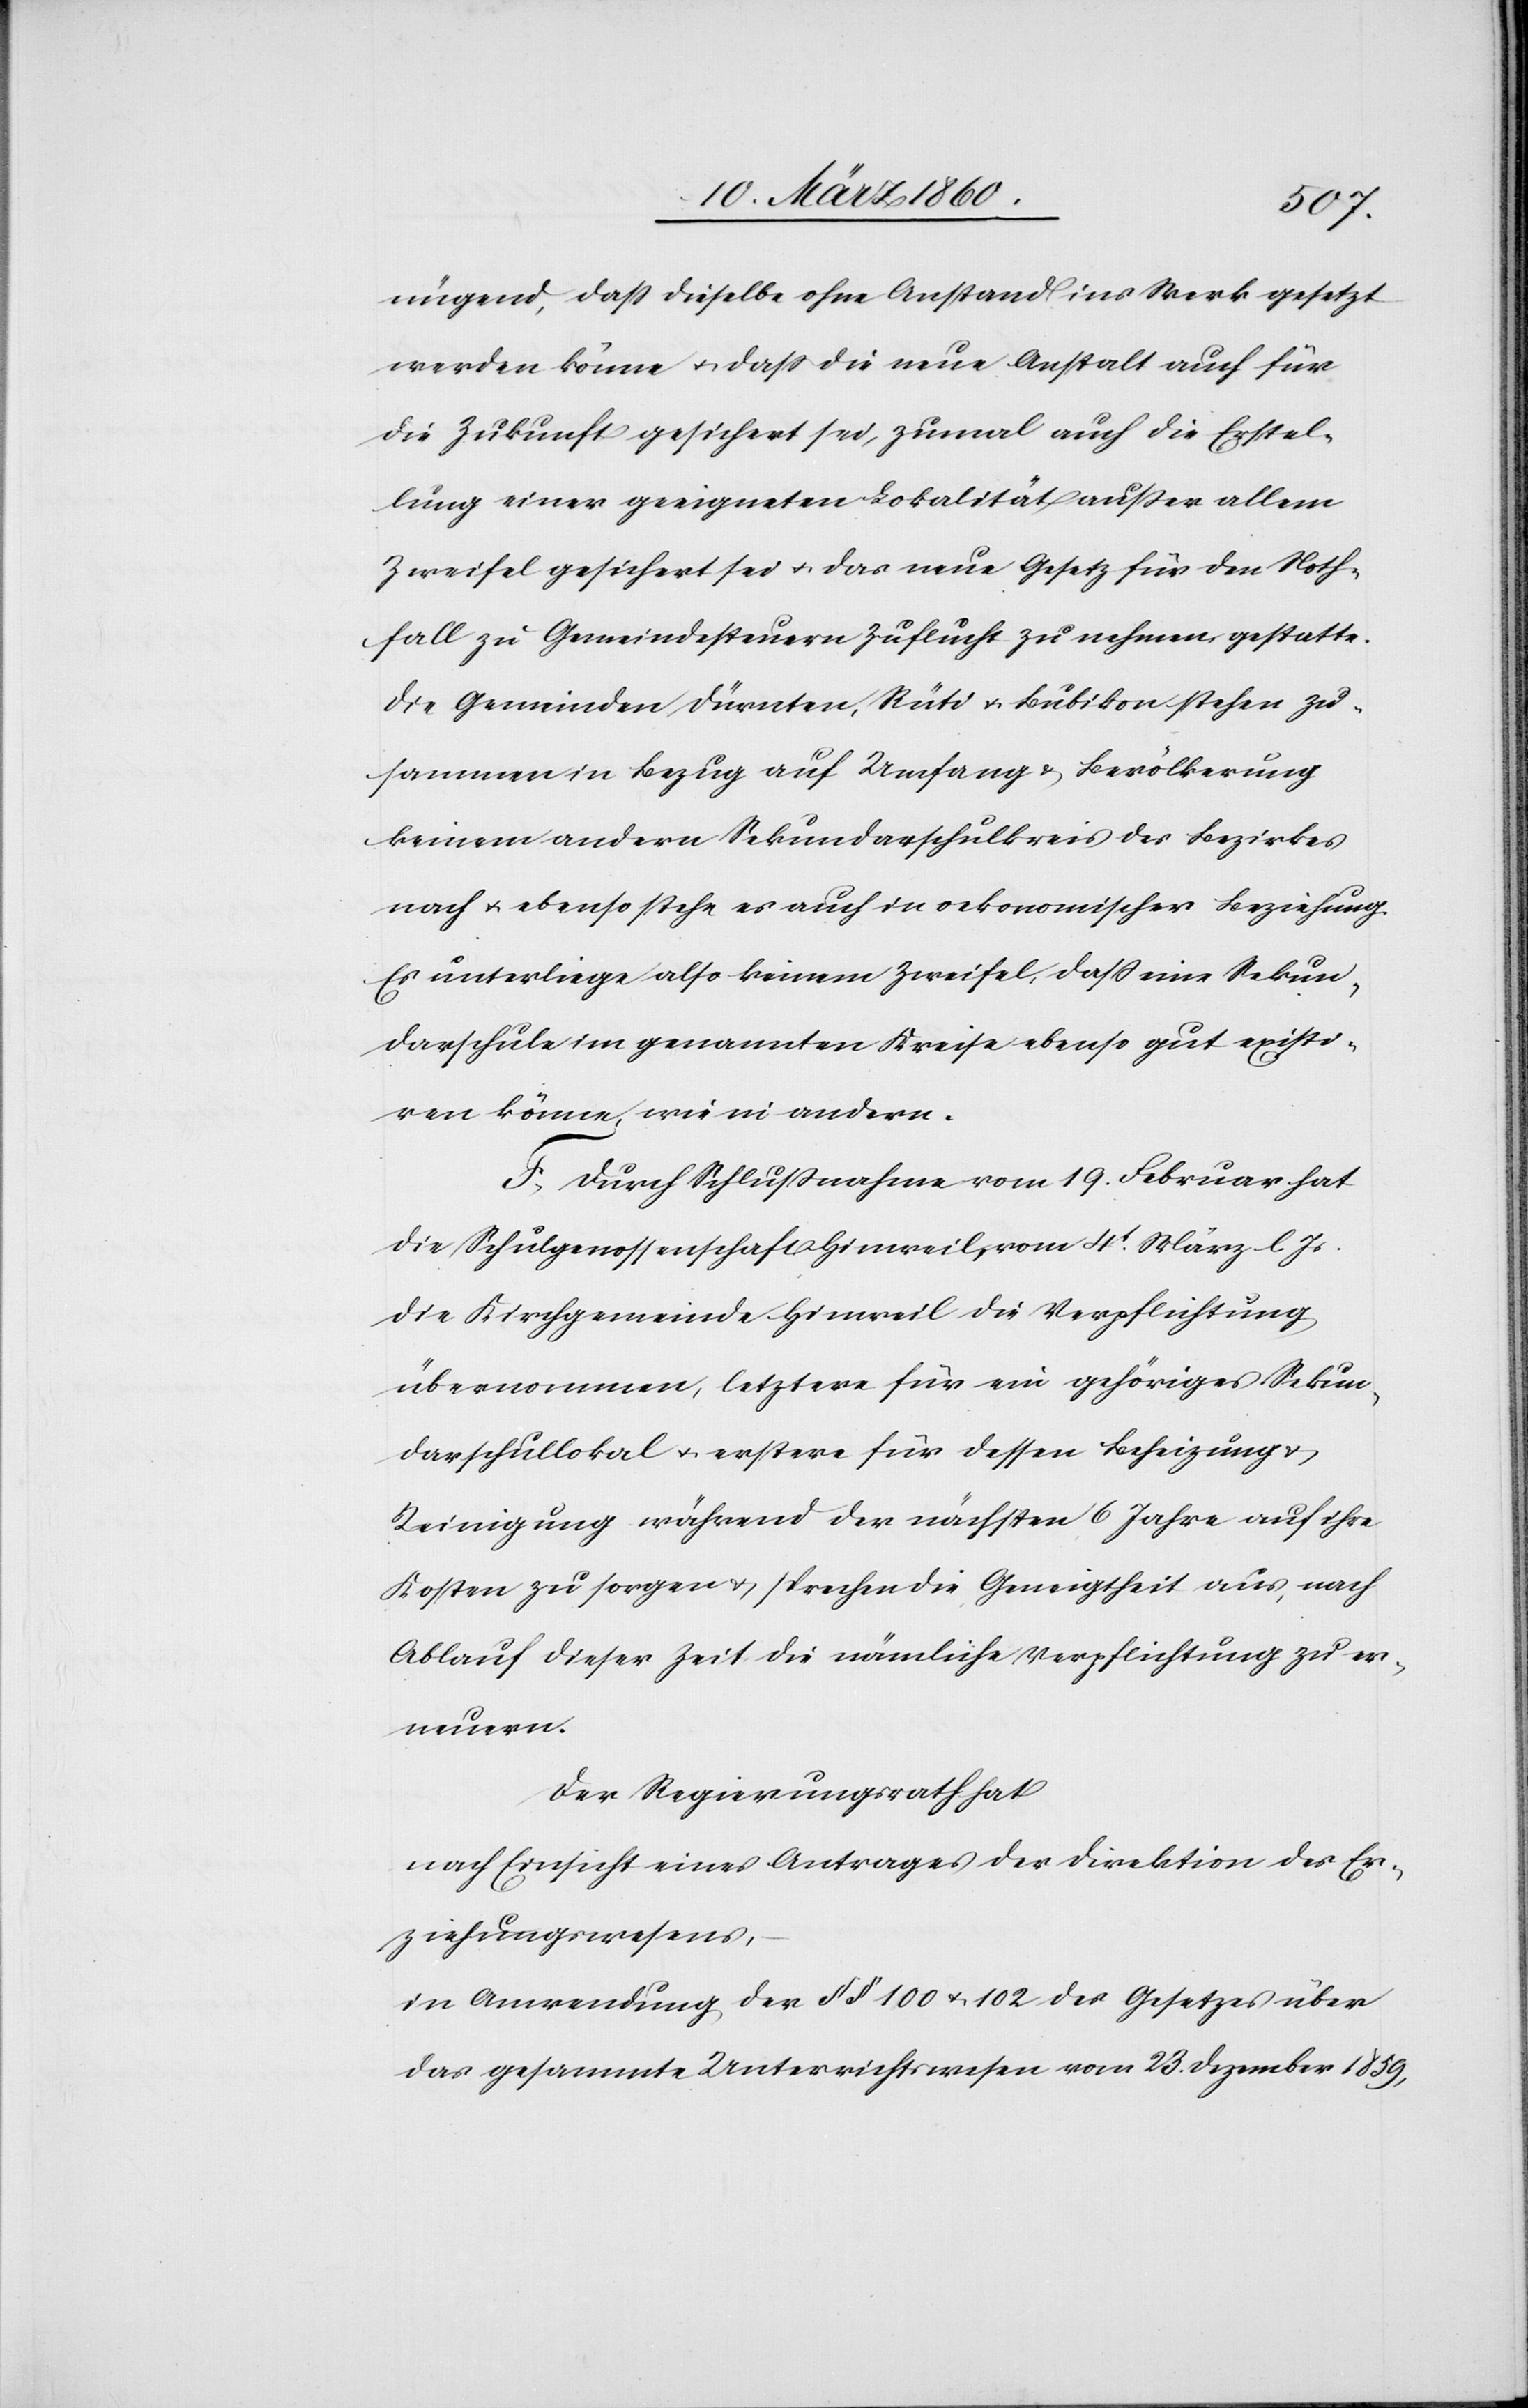
nügend, dass dieselbe ohne Anstand ins Werk gesetzt
werden könne u. dass die neue Anstalt auch für
die Zukunft gesichert sei, zumal auch die Erstel¬
lung einer geeigneten Lokalität ausser allem
Zweifel gesichert sei u. das neue Gesetz für den Noth¬
fall zu Gemeindesteuern Zuflucht zu nehmen gestatte.
Die Gemeinden Dürnten, Rüti u. Bubikon stehen zu¬
sammen in Bezug auf Umfang u. Bevölkerung
keinem andern Sekundarschulkreis des Bezirkes
nach u. ebenso stehe es auch in oekonomischer Beziehung.
Es unterliege also keinem Zweifel, dass eine Sekun¬
darschule im genannten Kreise ebenso gut existi¬
ren könne, wie in andern.
F. Durch Schlussnahme vom 19. Februar hat
die Schulgenossenschaft Hinweil, vom 4t März l. Js.
die Kirchgemeinde Hinweil die Verpflichtung
übernommen, letztere für ein gehöriges Sekun¬
darschullokal u. erstere für dessen Beheizung u.
Reinigung während der nächsten 6 Jahre auf ihre
Kosten zu sorgen u. sprechen die Geneigtheit aus, nach
Ablauf dieser Zeit die nämliche Verpflichtung zu er¬
neuern.
Der Regierungsrath hat
nach Einsicht eines Antrages der Direktion des Er¬
ziehungswesens,
in Anwendung der §§. 100 u. 102 des Gesetzes über
das gesammte Unterrichtswesen vom 23. Dezember 1859,